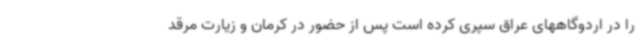
را در اردوگاههای عراق سپری کرده است پس از حضور در کرمان و زیارت مرقد